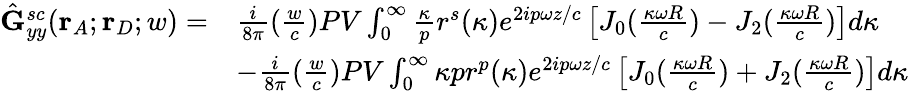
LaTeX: \begin{array}{rl}{\hat{\mathbf{G}}_{yy}^{sc}(\mathbf{r}_{A};\mathbf{r}_{D};w)=}&{\frac{i}{8{\pi}}(\frac{w}{c})PV\int_{0}^{\infty}\frac{\kappa}{p}r^{s}(\kappa)e^{2ip{\omega}z/c}\left[J_{0}(\frac{\kappa\omega{R}}{c})-J_{2}(\frac{\kappa\omega{R}}{c})\right]d{\kappa}}\\ &{-\frac{i}{8{\pi}}(\frac{w}{c})PV\int_{0}^{\infty}{\kappa}{p}r^{p}(\kappa)e^{2ip{\omega}z/c}\left[J_{0}(\frac{\kappa\omega{R}}{c})+J_{2}(\frac{\kappa\omega{R}}{c})\right]d{\kappa}}\end{array}